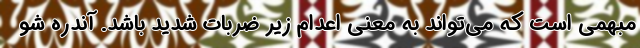
مبهمی است که می‌تواند به معنی اعدام زیر ضربات شدید باشد. آندره شو